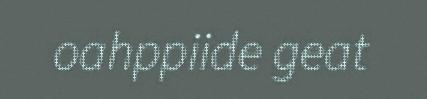
oahppiide geat